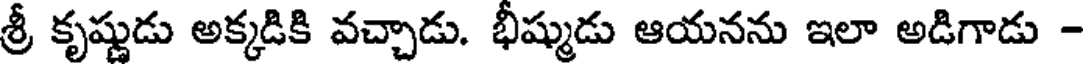
శ్రీ కృష్ణుడు అక్కడికి వచ్చాడు. భీష్ముడు ఆయనను ఇలా అడిగాడు -